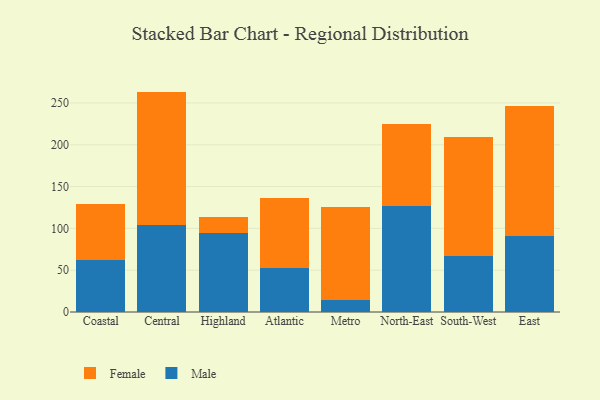
{"axis": {"x": "Region", "y": "Inventory Turnover"}, "legend": ["Female", "Male"], "data": [{"x": "Coastal", "y": 62.0, "type": "Male"}, {"x": "Coastal", "y": 67.5, "type": "Female"}, {"x": "Central", "y": 104.2, "type": "Male"}, {"x": "Central", "y": 159.4, "type": "Female"}, {"x": "Highland", "y": 93.9, "type": "Male"}, {"x": "Highland", "y": 19.9, "type": "Female"}, {"x": "Atlantic", "y": 52.6, "type": "Male"}, {"x": "Atlantic", "y": 84.0, "type": "Female"}, {"x": "Metro", "y": 14.1, "type": "Male"}, {"x": "Metro", "y": 111.6, "type": "Female"}, {"x": "North-East", "y": 127.2, "type": "Male"}, {"x": "North-East", "y": 97.7, "type": "Female"}, {"x": "South-West", "y": 66.4, "type": "Male"}, {"x": "South-West", "y": 143.2, "type": "Female"}, {"x": "East", "y": 91.2, "type": "Male"}, {"x": "East", "y": 155.2, "type": "Female"}]}